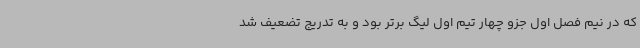
که در نیم فصل اول جزو چهار تیم اول لیگ برتر بود و به تدریج تضعیف شد